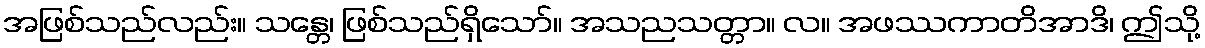
အဖြစ်သည်လည်း။ သန္တေ၊ ဖြစ်သည်ရှိသော်။ အသညသတ္တာ။ လ။ အဖဿကာတိအာဒိ၊ ဤသို့